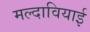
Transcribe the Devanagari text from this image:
मल्दावियाई